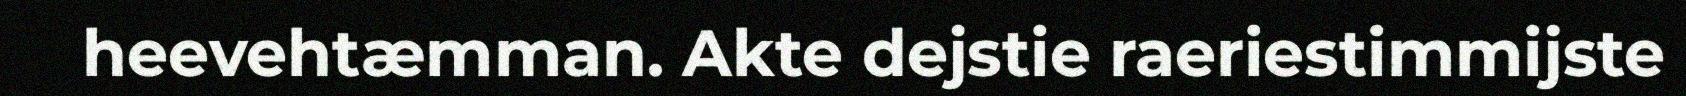
heevehtæmman. Akte dejstie raeriestimmijste